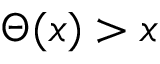
\Theta ( x ) > x